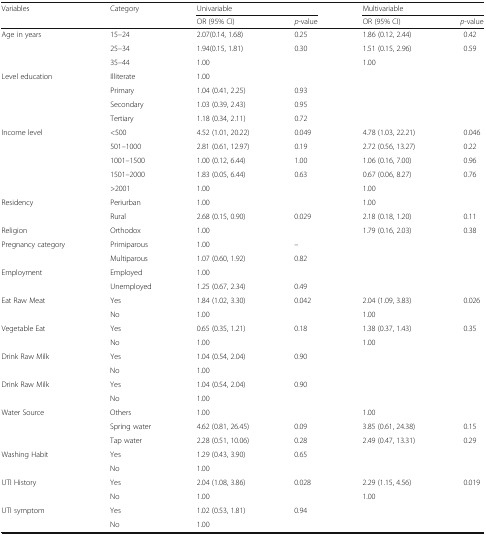
<table><thead><tr><td rowspan="2"><b>Variables</b></td><td rowspan="2"><b>Category</b></td><td colspan="2"><b>Univariable</b></td><td colspan="2"><b>Multivariable</b></td></tr><tr><td><b>OR (95% CI)</b></td><td><b><i>p</i>-value</b></td><td><b>OR (95% CI)</b></td><td><b><i>p</i>-value</b></td></tr></thead><tbody><tr><td rowspan="3">Age in years</td><td>15–24</td><td>2.07(0.14, 1.68)</td><td>0.25</td><td>1.86 (0.12, 2.44)</td><td>0.42</td></tr><tr><td>25–34</td><td>1.94(0.15, 1.81)</td><td>0.30</td><td>1.51 (0.15, 2.96)</td><td>0.59</td></tr><tr><td>35–44</td><td>1.00</td><td></td><td>1.00</td><td></td></tr><tr><td rowspan="4">Level education</td><td>Illiterate</td><td>1.00</td><td></td><td></td><td></td></tr><tr><td>Primary</td><td>1.04 (0.41, 2.25)</td><td>0.93</td><td></td><td></td></tr><tr><td>Secondary</td><td>1.03 (0.39, 2.43)</td><td>0.95</td><td></td><td></td></tr><tr><td>Tertiary</td><td>1.18 (0.34, 2.11)</td><td>0.72</td><td></td><td></td></tr><tr><td rowspan="5">Income level</td><td>&lt;500</td><td>4.52 (1.01, 20.22)</td><td>0.049</td><td>4.78 (1.03, 22.21)</td><td>0.046</td></tr><tr><td>501–1000</td><td>2.81 (0.61, 12.97)</td><td>0.19</td><td>2.72 (0.56, 13.27)</td><td>0.22</td></tr><tr><td>1001–1500</td><td>1.00 (0.12, 6.44)</td><td>1.00</td><td>1.06 (0.16, 7.00)</td><td>0.96</td></tr><tr><td>1501–2000</td><td>1.83 (0.05, 6.44)</td><td>0.63</td><td>0.67 (0.06, 8.27)</td><td>0.76</td></tr><tr><td>&gt;2001</td><td>1.00</td><td></td><td>1.00</td><td></td></tr><tr><td rowspan="2">Residency</td><td>Periurban</td><td>1.00</td><td></td><td>1.00</td><td></td></tr><tr><td>Rural</td><td>2.68 (0.15, 0.90)</td><td>0.029</td><td>2.18 (0.18, 1.20)</td><td>0.11</td></tr><tr><td>Religion</td><td>Orthodox</td><td>1.00</td><td></td><td>1.79 (0.16, 2.03)</td><td>0.38</td></tr><tr><td rowspan="2">Pregnancy category</td><td>Primiparous</td><td>1.00</td><td>–</td><td></td><td></td></tr><tr><td>Multiparous</td><td>1.07 (0.60, 1.92)</td><td>0.82</td><td></td><td></td></tr><tr><td rowspan="2">Employment</td><td>Employed</td><td>1.00</td><td></td><td></td><td></td></tr><tr><td>Unemployed</td><td>1.25 (0.67, 2.34)</td><td>0.49</td><td></td><td></td></tr><tr><td rowspan="2">Eat Raw Meat</td><td>Yes</td><td>1.84 (1.02, 3.30)</td><td>0.042</td><td>2.04 (1.09, 3.83)</td><td>0.026</td></tr><tr><td>No</td><td>1.00</td><td></td><td>1.00</td><td></td></tr><tr><td rowspan="2">Vegetable Eat</td><td>Yes</td><td>0.65 (0.35, 1.21)</td><td>0.18</td><td>1.38 (0.37, 1.43)</td><td>0.35</td></tr><tr><td>No</td><td>1.00</td><td></td><td>1.00</td><td></td></tr><tr><td rowspan="2">Drink Raw Milk</td><td>Yes</td><td>1.04 (0.54, 2.04)</td><td>0.90</td><td></td><td></td></tr><tr><td>No</td><td>1.00</td><td></td><td></td><td></td></tr><tr><td rowspan="2">Drink Raw Milk</td><td>Yes</td><td>1.04 (0.54, 2.04)</td><td>0.90</td><td></td><td></td></tr><tr><td>No</td><td>1.00</td><td></td><td></td><td></td></tr><tr><td rowspan="3">Water Source</td><td>Others</td><td>1.00</td><td></td><td>1.00</td><td></td></tr><tr><td>Spring water</td><td>4.62 (0.81, 26.45)</td><td>0.09</td><td>3.85 (0.61, 24.38)</td><td>0.15</td></tr><tr><td>Tap water</td><td>2.28 (0.51, 10.06)</td><td>0.28</td><td>2.49 (0.47, 13.31)</td><td>0.29</td></tr><tr><td rowspan="2">Washing Habit</td><td>Yes</td><td>1.29 (0.43, 3.90)</td><td>0.65</td><td></td><td></td></tr><tr><td>No</td><td>1.00</td><td></td><td></td><td></td></tr><tr><td rowspan="2">UTI History</td><td>Yes</td><td>2.04 (1.08, 3.86)</td><td>0.028</td><td>2.29 (1.15, 4.56)</td><td>0.019</td></tr><tr><td>No</td><td>1.00</td><td></td><td>1.00</td><td></td></tr><tr><td rowspan="2">UTI symptom</td><td>Yes</td><td>1.02 (0.53, 1.81)</td><td>0.94</td><td></td><td></td></tr><tr><td>No</td><td>1.00</td><td></td><td></td><td></td></tr></tbody></table>